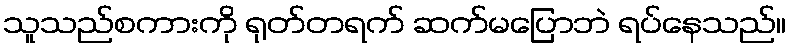
သူသည်စကားကို ရုတ်တရက် ဆက်မပြောဘဲ ရပ်နေသည်။